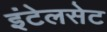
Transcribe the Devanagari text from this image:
इंटेलसेट